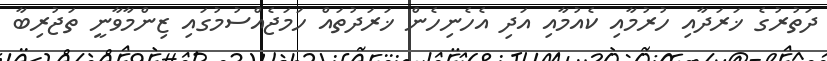
ދަތުރުގެ ޚަރަދާއި ހުރުމާއި ކެއުމާއި އަދި އެހެނިހެން ޚަރަދުތައް ހަމަޖެއްސުމުގައި ޒިންމާވާނީ ތަޖުރިބާ